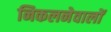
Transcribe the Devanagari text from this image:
निकलनेवालों